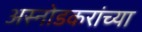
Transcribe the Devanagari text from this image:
अस्नोडकरांच्या